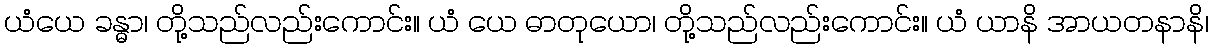
ယံယေ ခန္ဓာ၊ တို့သည်လည်းကောင်း။ ယံ ယေ ဓာတုယော၊ တို့သည်လည်းကောင်း။ ယံ ယာနိ အာယတနာနိ၊